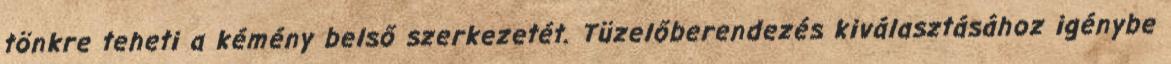
tönkre teheti a kémény belső szerkezetét. Tüzelőberendezés kiválasztásához igénybe